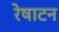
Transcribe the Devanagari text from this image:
रेषाटन